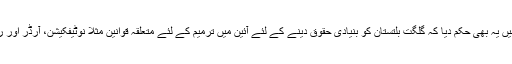
عدالت نے اپنے فیصلے میں یہ بھی حکم دیا کہ گلگت بلتستان کو بنیادی حقوق دینے کے لئے آئین میں ترمیم کے لئے متعلقہ قوانین مثلاً نوٹیفکیشن، آرڈر اور رولز میں ترمیم کی جائے۔